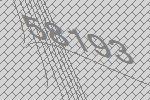
58193